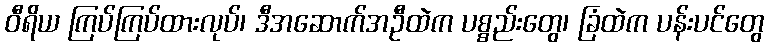
ဝီရိယ ကြပ်ကြပ်ထားလုပ်၊ ဒီအဆောက်အဦထဲက ပစ္စည်းတွေ၊ ခြံထဲက ပန်းပင်တွေ